Report on the working of the Ranchi Indian Mental Hospital, Kanke, in Bihar and Orissa - 1930-1940
Year: 1930
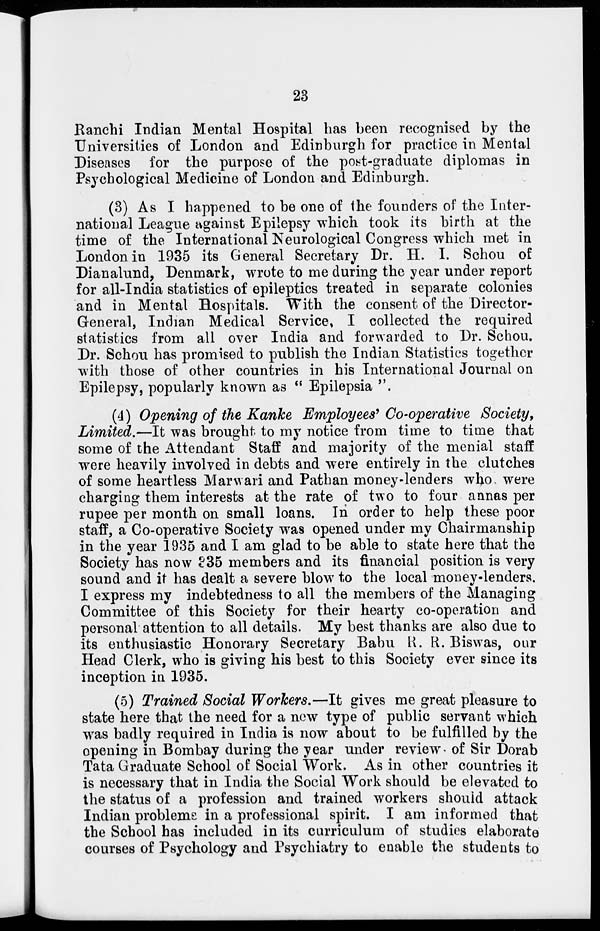
23
Ranchi Indian Mental Hospital has been recognised by the
Universities of London and Edinburgh for practice in Mental
Diseases for the purpose of the post-graduate diplomas in
Psychological Medicine of London and Edinburgh.
(3) As I happened to be one of the founders of the Inter-
national League against Epilepsy which took its birth at the
time of the International Neurological Congress which met in
London in 1935 its General Secretary Dr. H. I. Schou of
Dianalund, Denmark, wrote to me during the year under report
for all-India statistics of epileptics treated in separate colonies
and in Mental Hospitals. With the consent of the Director-
General, Indian Medical Service, I collected the required
statistics from all over India and forwarded to Dr. Schou.
Dr. Schou has promised to publish the Indian Statistics together
with those of other countries in his International Journal on
Epilepsy, popularly known as " Epilepsia ".
(4) Opening of the Kanke Employees' Co-operative Society,
Limited.—It was brought to my notice from time to time that
some of the Attendant Staff and majority of the menial staff
were heavily involved in debts and were entirely in the clutches
of some heartless Marwari and Pathan money-lenders who. were
charging them interests at the rate of two to four annas per
rupee per month on small loans. In order to help these poor
staff, a Co-operative Society was opened under my Chairmanship
in the year 1935 and I am glad to be able to state here that the
Society has now 335 members and its financial position is very
sound and it has dealt a severe blow to the local money-lenders.
I express my indebtedness to all the members of the Managing
Committee of this Society for their hearty co-operation and
personal attention to all details. My best thanks are also due to
its enthusiastic Honorary Secretary Babu R. R. Biswas, our
Head Clerk, who is giving his best to this Society ever since its
inception in 1935.
(5) Trained Social Workers.—It gives me great pleasure to
state here that the need for a new type of public servant which
was badly required in India is now about to be fulfilled by the
opening in Bombay during the year under review of Sir Dorab
Tata Graduate School of Social Work. As in other countries it
is necessary that in India the Social Work should be elevated to
the status of a profession and trained workers should attack
Indian problems in a professional spirit. I am informed that
the School has included in its curriculum of studies elaborate
courses of Psychology and Psychiatry to enable the students to